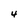
Character: 4